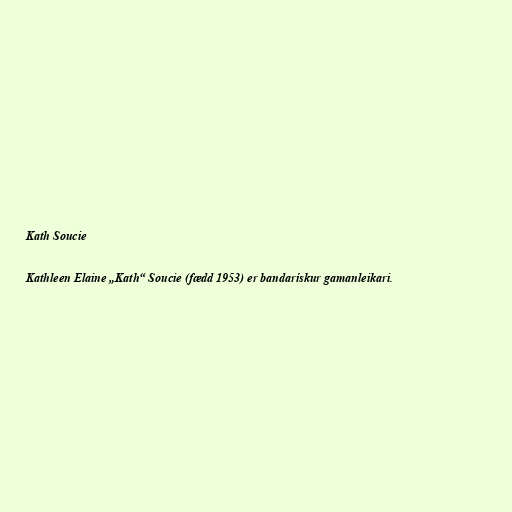
Kath Soucie

Kathleen Elaine „Kath“ Soucie (fædd 1953) er bandarískur gamanleikari.